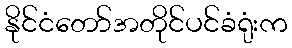
နိုင်ငံတော်အတိုင်ပင်ခံရုံးက